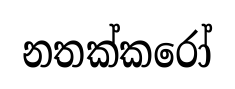
නතක්කරෝ